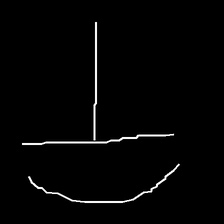
Glyph: dispersion